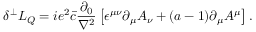
\delta ^ { \perp } { \cal L } _ { Q } = i e ^ { 2 } \bar { c } \frac { \partial _ { 0 } } { \nabla ^ { 2 } } \left[ \epsilon ^ { \mu \nu } \partial _ { \mu } A _ { \nu } + ( a - 1 ) \partial _ { \mu } A ^ { \mu } \right] .